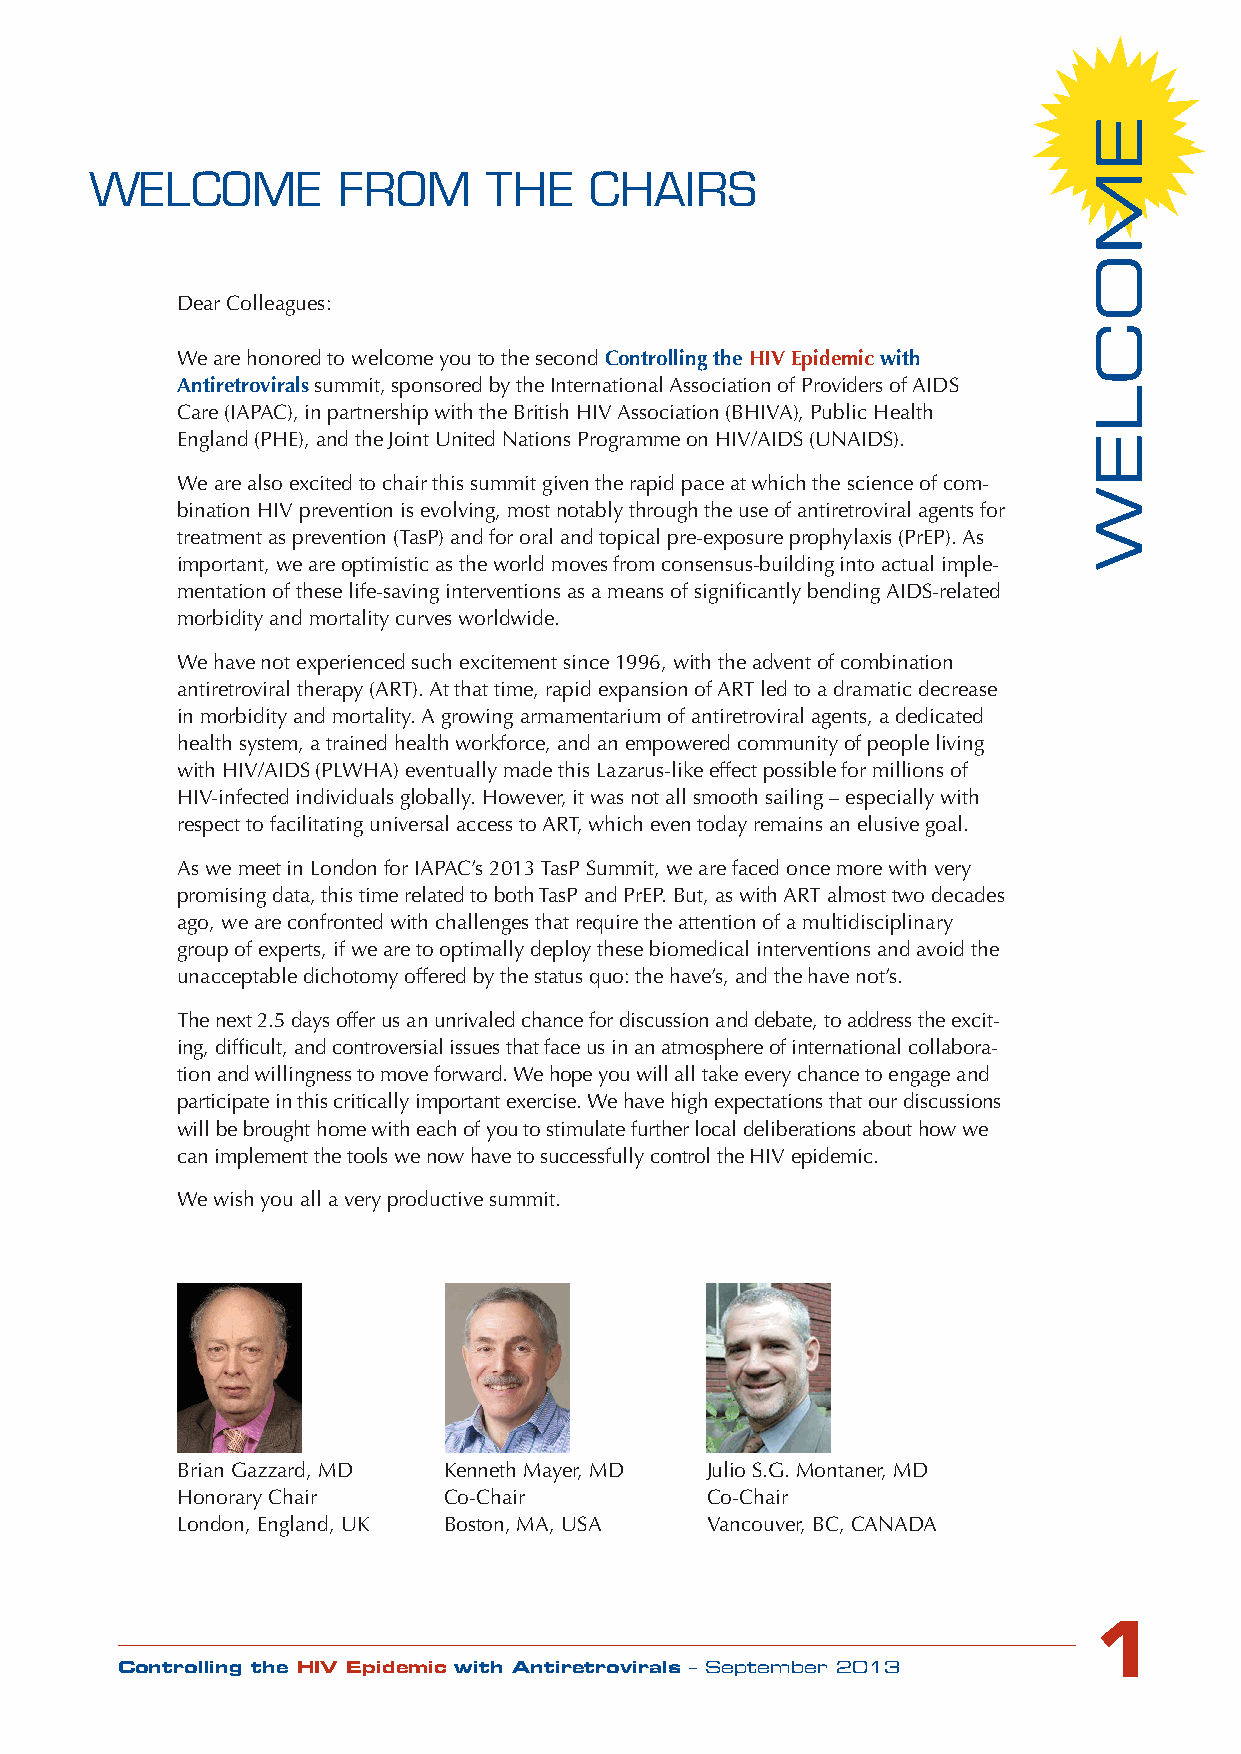
WELCOME         FROM      thE    ChAIRs
 Dear Colleagues:
 We are honored to welcome you to the second Controlling the HIV Epidemic with
 Antiretrovirals summit, sponsored by the International Association of Providers of AIDS
 Care (IAPAC), in partnership with the British HIV Association (BHIVA), Public Health
 England (PHE), and the Joint United Nations Programme on HIV/AIDS (UNAIDS).
 We are also excited to chair this summit given the rapid pace at which the science of com-
 bination HIV prevention is evolving, most notably through the use of antiretroviral agents for
 treatment as prevention (TasP) and for oral and topical pre-exposure prophylaxis (PrEP). As
 important, we are optimistic as the world moves from consensus-building into actual imple-
 mentation of these life-saving interventions as a means of significantly bending AIDS-related
 morbidity and mortality curves worldwide.
 We have not experienced such excitement since 1996, with the advent of combination
 antiretroviral therapy (ART). At that time, rapid expansion of ART led to a dramatic decrease
 in morbidity and mortality. A growing armamentarium of antiretroviral agents, a dedicated
 health system, a trained health workforce, and an empowered community of people living
 with HIV/AIDS (PLWHA) eventually made this Lazarus-like effect possible for millions of
 HIV-infected individuals globally. However, it was not all smooth sailing – especially with
 respect to facilitating universal access to ART, which even today remains an elusive goal.
 As we meet in London for IAPAC’s 2013 TasP Summit, we are faced once more with very
 promising data, this time related to both TasP and PrEP. But, as with ART almost two decades
 ago, we are confronted with challenges that require the attention of a multidisciplinary
 group of experts, if we are to optimally deploy these biomedical interventions and avoid the
 unacceptable dichotomy offered by the status quo: the have’s, and the have not’s.
 The next 2.5 days offer us an unrivaled chance for discussion and debate, to address the excit-
 ing, difficult, and controversial issues that face us in an atmosphere of international collabora-
 tion and willingness to move forward. We hope you will all take every chance to engage and
 participate in this critically important exercise. We have high expectations that our discussions
 will be brought home with each of you to stimulate further local deliberations about how we
 can implement the tools we now have to successfully control the HIV epidemic.
 We wish you all a very productive summit.
 Brian Gazzard, MD Kenneth Mayer, MD Julio S.G. Montaner, MD
 Honorary Chair   Co-Chair          Co-Chair
 London, England, UK Boston, MA, USA Vancouver, BC, CANADA
 1
 Controlling the HIV Epidemic with Antiretrovirals – September 2013
 EMOCLEW